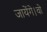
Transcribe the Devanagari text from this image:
जायेंगे।वो